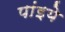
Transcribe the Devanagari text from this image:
पांइये